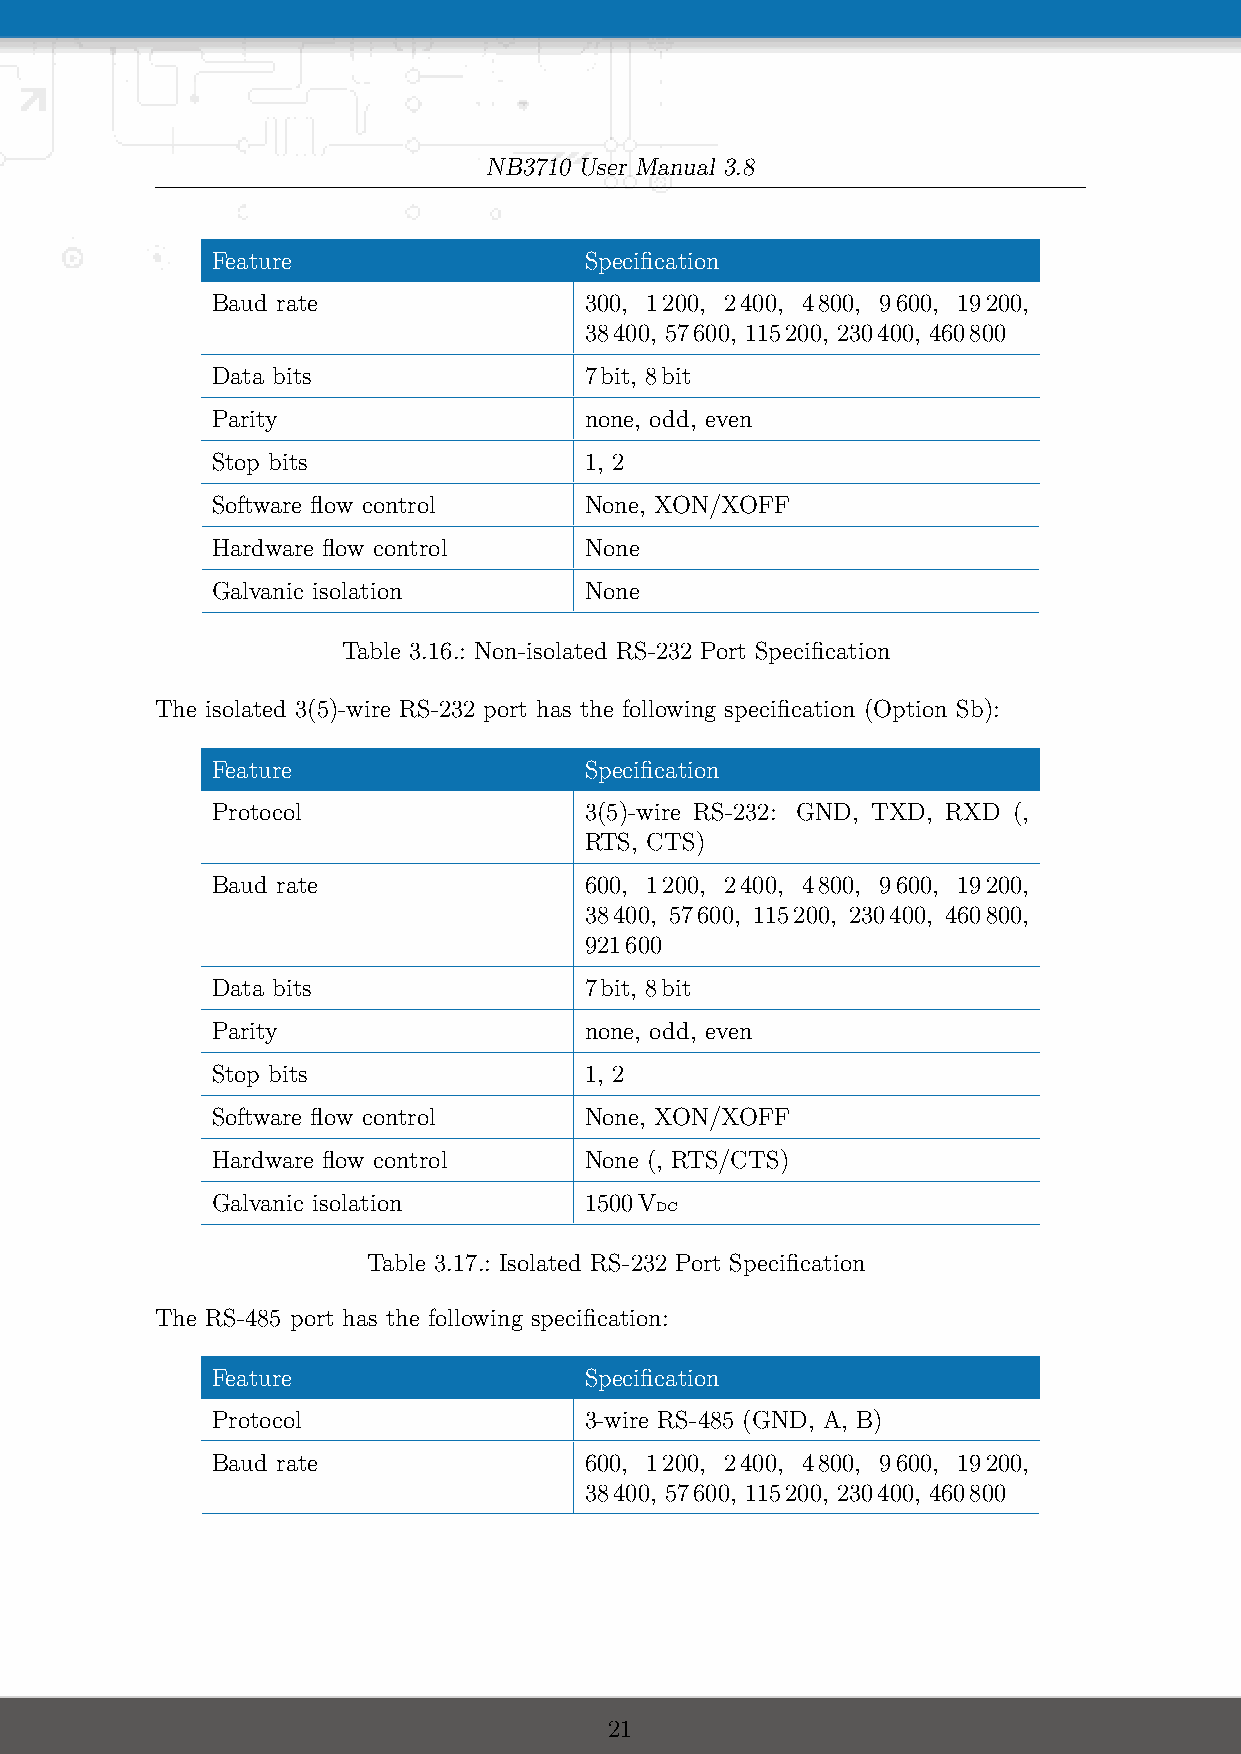
NB3710 User Manual 3.8
 Feature                  Specification
 Baud rate                300, 1200, 2400, 4800, 9600, 19200,
 38400, 57600, 115200, 230400, 460800
 Data bits                7bit, 8bit
 Parity                   none, odd, even
 Stop bits                1, 2
 Software flow control    None, XON/XOFF
 Hardware flow control    None
 Galvanic isolation       None
 Table 3.16.: Non-isolated RS-232 Port Specification
 The isolated 3(5)-wire RS-232 port has the following specification (Option Sb):
 Feature                  Specification
 Protocol                 3(5)-wire RS-232: GND, TXD, RXD (,
 RTS, CTS)
 Baud rate                600, 1200, 2400, 4800, 9600, 19200,
 38400, 57600, 115200, 230400, 460800,
 921600
 Data bits                7bit, 8bit
 Parity                   none, odd, even
 Stop bits                1, 2
 Software flow control    None, XON/XOFF
 Hardware flow control    None (, RTS/CTS)
 Galvanic isolation       1500V
 DC
 Table 3.17.: Isolated RS-232 Port Specification
 The RS-485 port has the following specification:
 Feature                  Specification
 Protocol                 3-wire RS-485 (GND, A, B)
 Baud rate                600, 1200, 2400, 4800, 9600, 19200,
 38400, 57600, 115200, 230400, 460800
 21